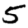
Digit: 5